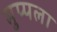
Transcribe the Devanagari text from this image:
मुप्पला